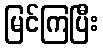
မြင်ကြပြီး